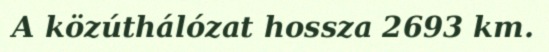
A közúthálózat hossza 2693 km.